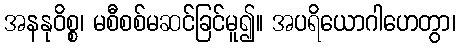
အနနုဝိစ္စ၊ မစီစစ်မဆင်ခြင်မူ၍။ အပရိယောဂါဟေတွာ၊